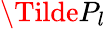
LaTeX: \Tilde{P}_{l}